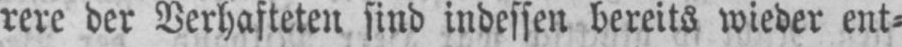
rere der Verhafteten sind indessen bereits wieder ent⸗